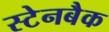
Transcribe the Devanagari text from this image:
स्टेनबैक